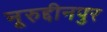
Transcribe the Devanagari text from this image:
नूरुद्दीनपुर